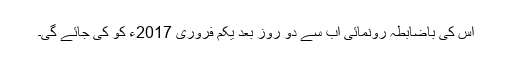
اس کی باضابطہ رونمائی اب سے دو روز بعد یکم فروری 2017ء کو کی جائے گی۔